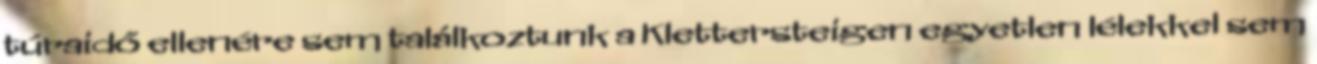
túraidő ellenére sem találkoztunk a Klettersteigen egyetlen lélekkel sem